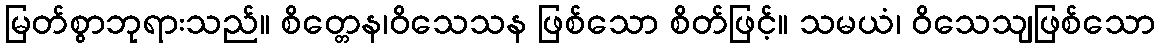
မြတ်စွာဘုရားသည်။ စိတ္တေန၊ဝိသေသန ဖြစ်သော စိတ်ဖြင့်။ သမယံ၊ ဝိသေသျဖြစ်သော